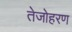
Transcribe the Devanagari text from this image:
तेजोहरण